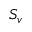
S _ { v }